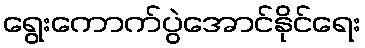
ရွေးကောက်ပွဲအောင်နိုင်ရေး